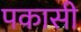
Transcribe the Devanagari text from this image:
पकासी